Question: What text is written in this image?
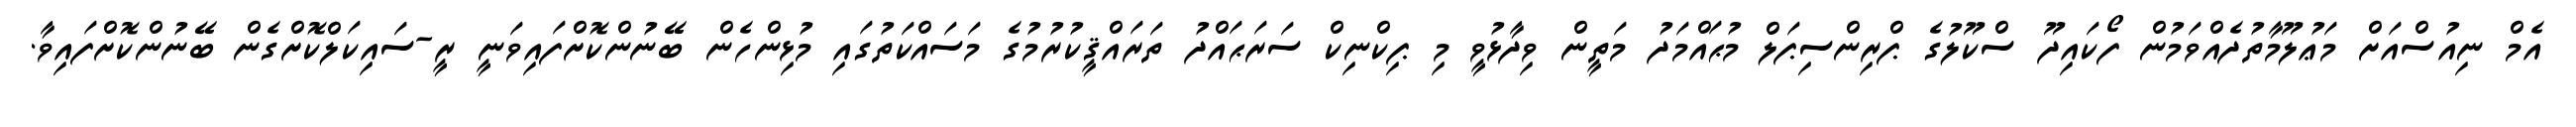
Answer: އެމް ނިއުސްއަށް މަޢުލޫމާތުދެއްވަމުން ފޯކައިދޫ ސްކޫލުގެ ޕްރިންސިޕަލް މުޙައްމަދު މަތީން ވިދާޅުވީ މި ޕިކްނިކް ސަރަޙައްދު ތަރައްޤީކުރުމުގެ މަސައްކަތުގައި މުޅިންހެން ބޭނުންކޮށްފައިވަނީ ރީ-ސައިކަލްކޮށްގެން ބޭނުންކޮށްފައިވާ.